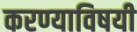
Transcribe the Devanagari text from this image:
करण्‍याविषयी